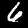
Label: 6